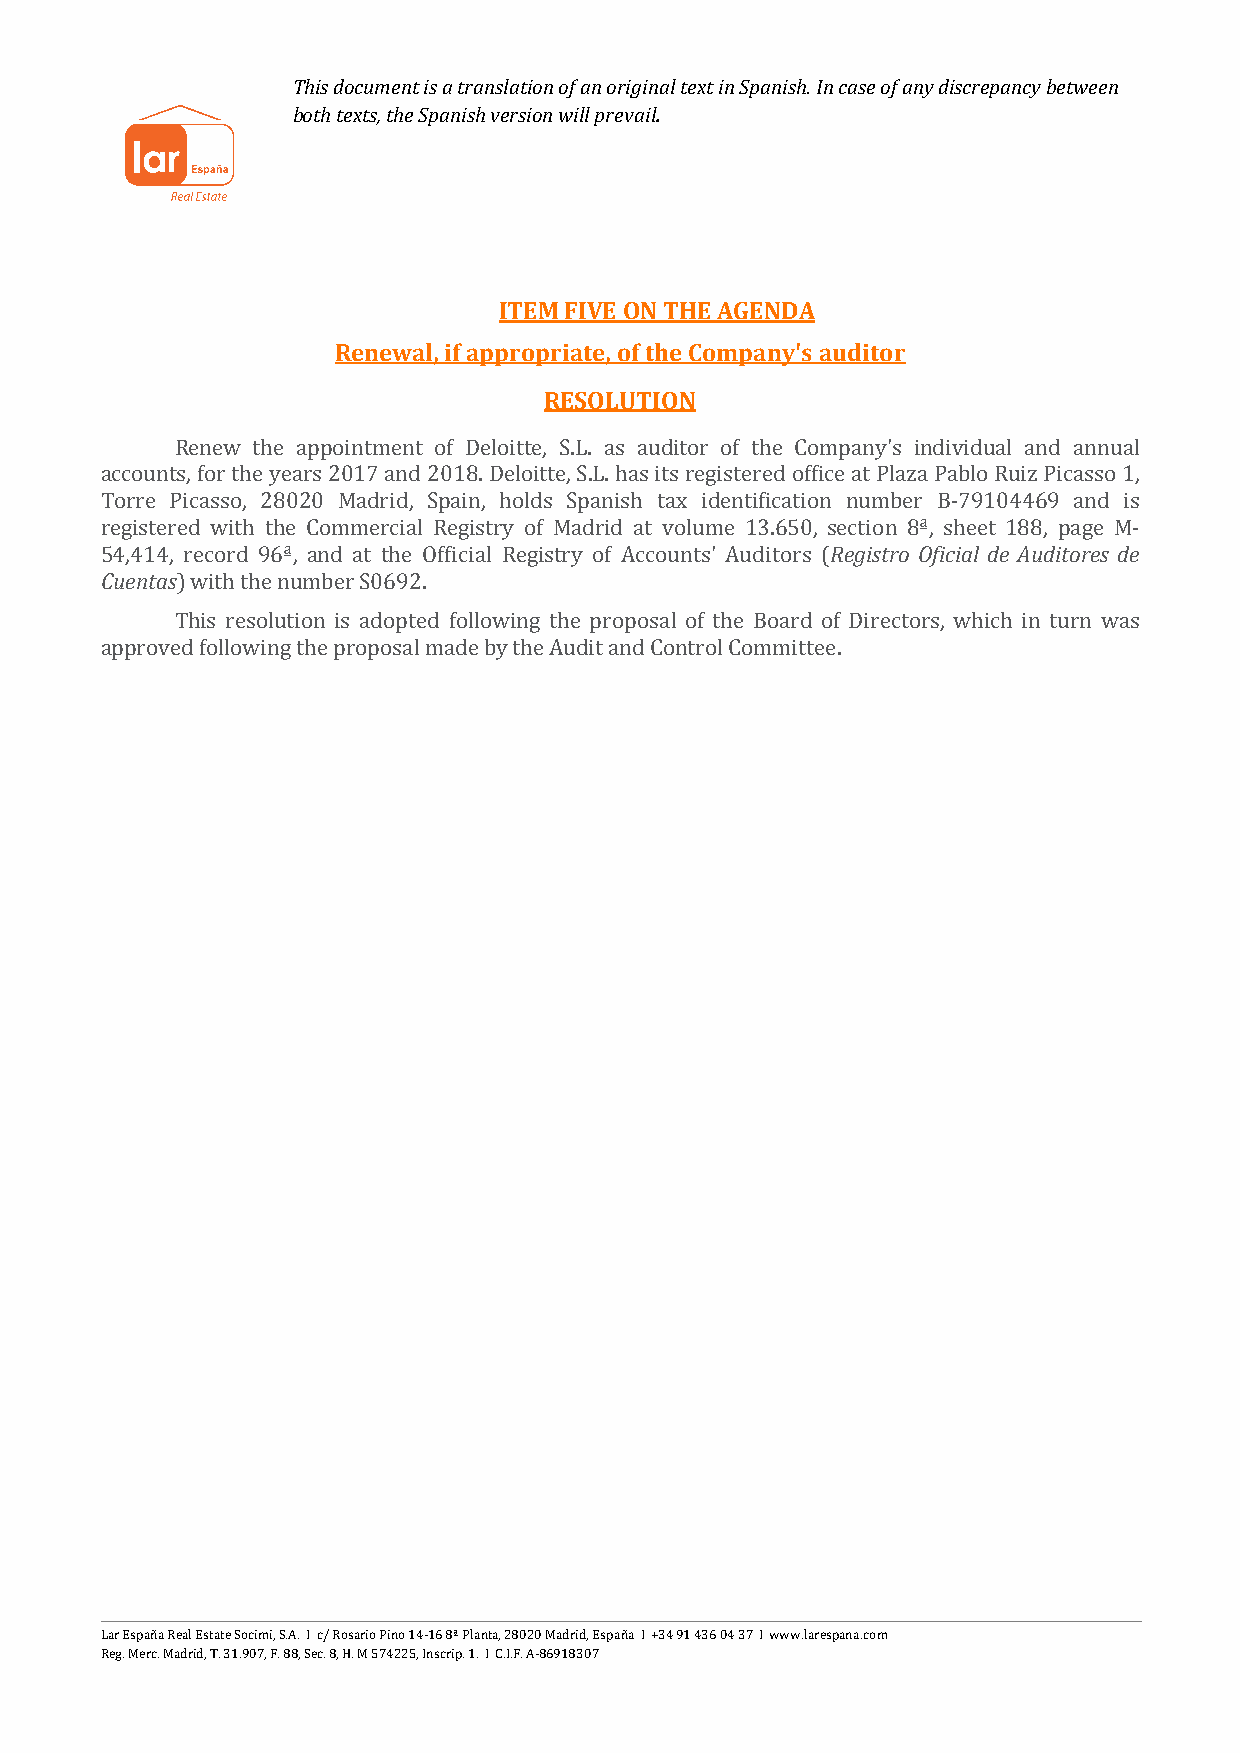
This document is a translation of an original text in Spanish. In case of any discrepancy between
 both texts, the Spanish version will prevail.
 ITEM FIVE ON THE AGENDA
 Renewal, if appropriate, of the Company's auditor
 RESOLUTION
 Renew the appointment of Deloitte, S.L. as auditor of the Company's individual and annual
 accounts, for the years 2017 and 2018. Deloitte, S.L. has its registered office at Plaza Pablo Ruiz Picasso 1,
 Torre Picasso, 28020 Madrid, Spain, holds Spanish tax identificationR enguimstrboe rO fBic-i7a9l 1d0e4 A4u6d9i toarneds dies
 Creugeinsttaersed with the Commercial Registry of Madrid at volume 13.650, section 8ª, sheet 188, page M-
 54,414, record 96ª, and at the Official Registry of Accounts' Auditors (
 ) with the number S0692.
 This resolution is adopted following the proposal of the Board of Directors, which in turn was
 approved following the proposal made by the Audit and Control Committee.
 Lar España Real Estate Socimi, S.A. I c/ Rosario Pino 14-16 8ª Planta, 28020 Madrid, España I +34 91 436 04 37 I www.larespana.com
 Reg. Merc. Madrid, T. 31.907, F. 88, Sec. 8, H. M 574225, Inscrip. 1. I C.I.F. A-86918307